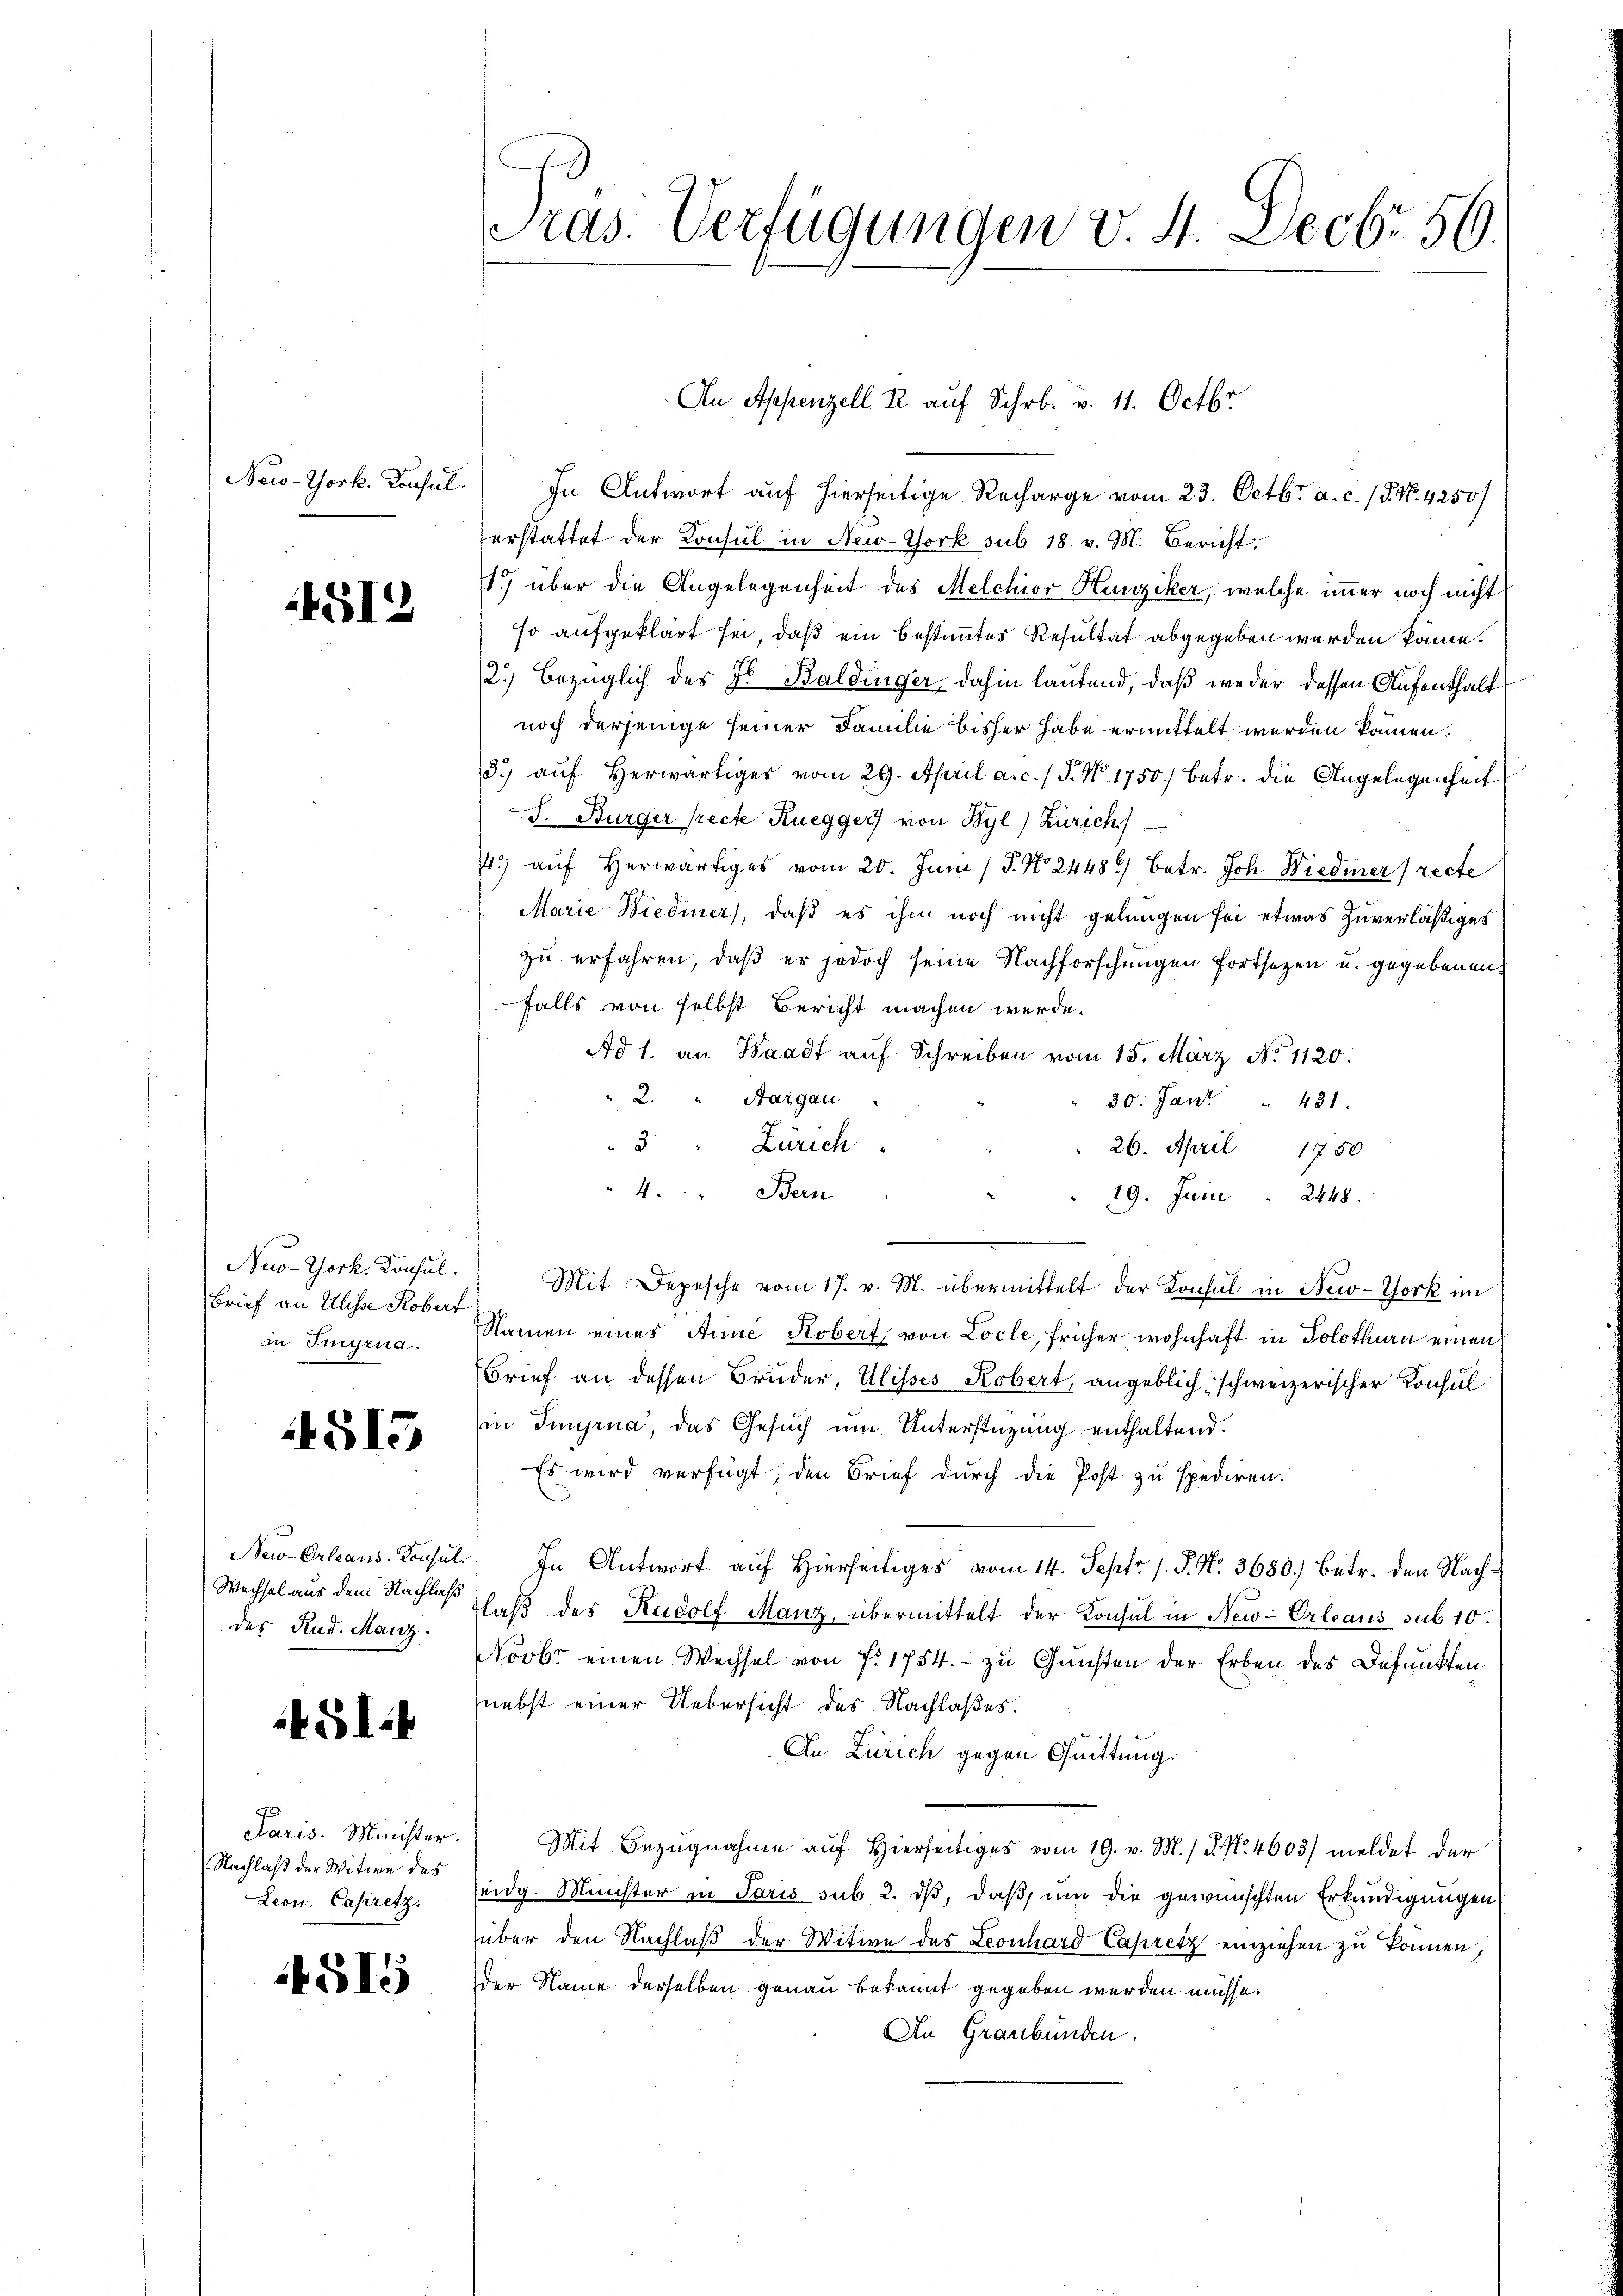
New-York. Konsul

4512

New-York, Konsul
Brief an Ilisse Koberf
in Imyria.

515

Wechsel aus dem Nachlaß
der Rud. Manz

f. 514

Paris-Minister.
Nachlaß der Witwe des
Leon, Casiretz

515

In Antwort auf hierseitige Recharge vom 23. Octbr. a. c. / P. No. 4250/
erstattet der Konsul in New-York sub 18. v. M. Bericht
1) über die Angelegenheit des Melchior Hunziker, welche immer noch nicht
so aufgeklärt sei, daß ein bestimmtes Resultat abgegeben werden könne.
2.) bezüglich des J. Baldinger dahin lautend, daß weder dessen Aufenthalt
noch derjenige seiner Familie bisher habe ermittelt werden können.
3.) auf herwärtiger vom 29. April a. c. / P. No. 1750) betr. die Angelegenheit
S. Burger [recte Ruegger von Wyl) Zürich
1) auf herwärtiges vom 20. Juni / P. No. 24486) betr. Joh. Wiedmer (recte
Marie Wiedmer, daß es ihm noch nicht gelungen sei etwas zuverläßiges
zu erfahren, daß er jedoch seine Nachforschungen fortsetzen u. gegebenen
falls von selbst Bericht machen werde.
Ad 1. an Waadt auf Schreiben vom 15. März. No 1120.
2. " Aargau
30. Jant " 431.
3 " Zürich
26. April 1750.
4. Bern
19. Juni 2448.
Mit Depesche vom 17. v. M. übermittelt der Konsul in New-York im
Namen eines Anne Kobert von Locle, früher wohnhaft in Solothurn einen
Brief an dessen Bruder, Ulisses Robert, angeblich schweizerischer Konsul
in Imprna, das Gesuch um Unterstützung enthaltend.
Es wird verfügt, den Brief durch die Post zu spediren.
New-Orleans. Konsul In Antwort aŭf hierseitiges vom 14. Sept. 1. P. Nr. 3680.) betr. den Nachlaβ des Rudolf Manz, übermittelt der Konsul in New-Orleaus sub 10.
Novbr. einen Wechsel von f. 1754. - zu Gunsten der Erben des Befunkten
nebst einer Uebersicht des Nachlaßes.
An Zürich gegen Quittung.
Mit Bezugnahme auf Hierseitiges vom 19. v. M. D. No. 4603) meldet der
eidg. Minister in Paris sub 2. dß, daß, um die gewünschten Erkundigungen
über den Nachlaß der Witwe des Leonhard Capritz einziehen zu können,
der Name derselben genau bekannt gegeben werden müsse.
An Graubünden.

Pras. Verfügungen v. 4. Decbr. 56.

An Appenzell. R. auf Schr. v. 11. Octbr.